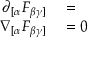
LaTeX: \begin{array} { r l } { \partial _ { [ \alpha } F _ { \beta \gamma ] } } & { { } = } \\ { \nabla _ { [ \alpha } F _ { \beta \gamma ] } } & { { } = 0 } \end{array}